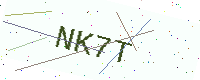
Text: NK7T